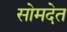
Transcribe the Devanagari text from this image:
सोमदेत